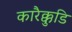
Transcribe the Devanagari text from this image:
कारैक्कुडि